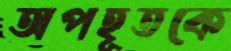
অপহূতকে